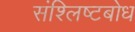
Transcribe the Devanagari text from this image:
संश्लिष्टबोध